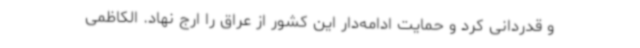
و قدردانی کرد و حمایت ادامه‌دار این کشور از عراق را ارج نهاد. الکاظمی